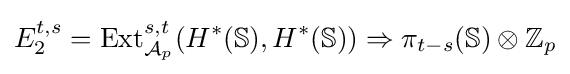
E_{2}^{t,s}={\text{Ext}}_{{\mathcal {A}}_{p}}^{s,t}(H^{*}(\mathbb {S} ),H^{*}(\mathbb {S} ))\Rightarrow \pi _{t-s}(\mathbb {S} )\otimes \mathbb {Z} _{p}